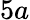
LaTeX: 5a